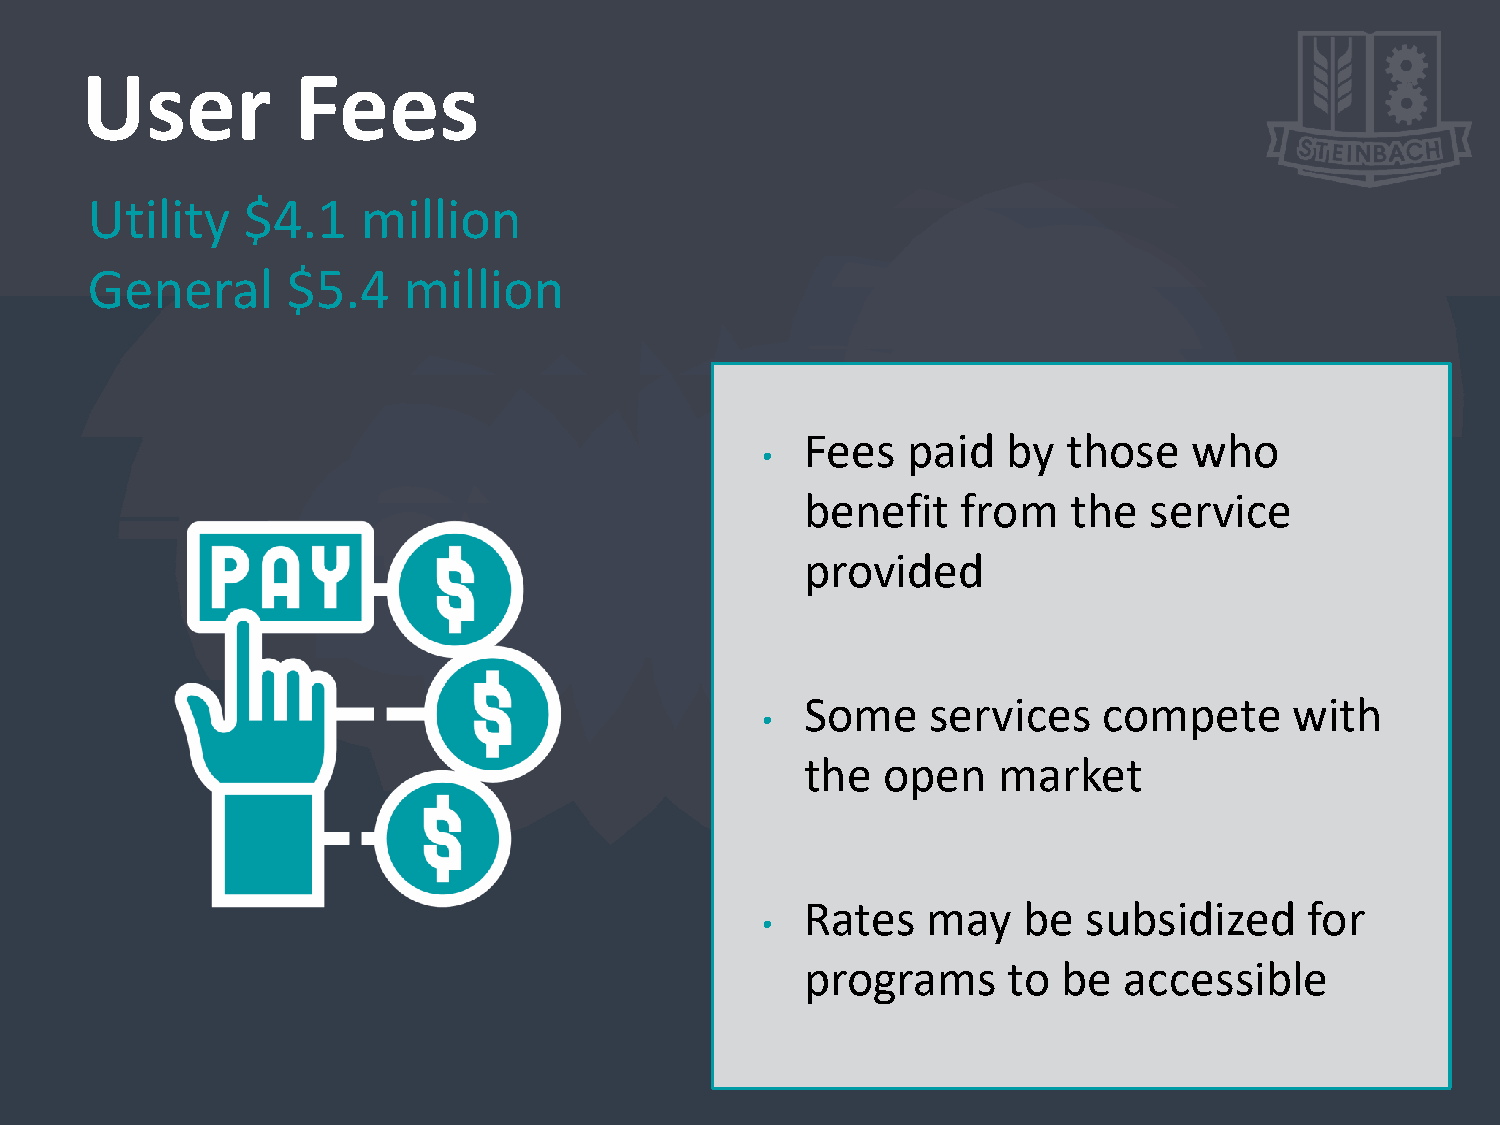
User          Fees
 Utility   $4.1    million
 General      $5.4    million
 Fees   paid   by  those   who
 •
 benefit    from   the  service
 provided
 Some     services   compete      with
 •
 the  open    market
 Rates   may    be  subsidized     for
 •
 programs      to be  accessible